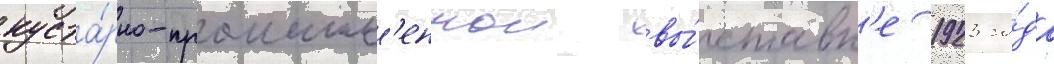
куста́рно-промышл'еннои вы́ставк'е 1923 го́да